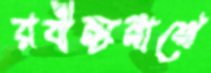
রবীন্দ্রনাথে